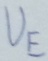
Text: UE